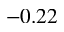
- 0 . 2 2